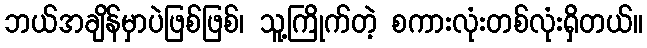
ဘယ်အချိန်မှာပဲဖြစ်ဖြစ်၊ သူ့ကြိုက်တဲ့ စကားလုံးတစ်လုံးရှိတယ်။